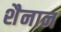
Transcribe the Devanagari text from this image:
शैनान